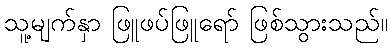
သူ့မျက်နှာ ဖြူဖပ်ဖြူရော် ဖြစ်သွားသည်။